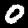
Digit: 0